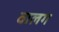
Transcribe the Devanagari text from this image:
वालग